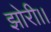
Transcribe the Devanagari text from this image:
झोरी।।